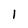
Character: 1